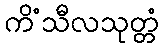
ကိံသီလသုတ္တံ